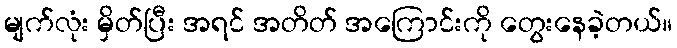
မျက်လုံး မှိတ်ပြီး အရင် အတိတ် အကြောင်းကို တွေးနေခဲ့တယ်။